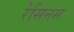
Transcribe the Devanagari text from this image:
रेसिनस